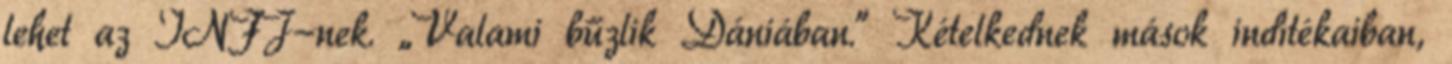
lehet az INFJ-nek. „Valami bűzlik Dániában.” Kételkednek mások indítékaiban,